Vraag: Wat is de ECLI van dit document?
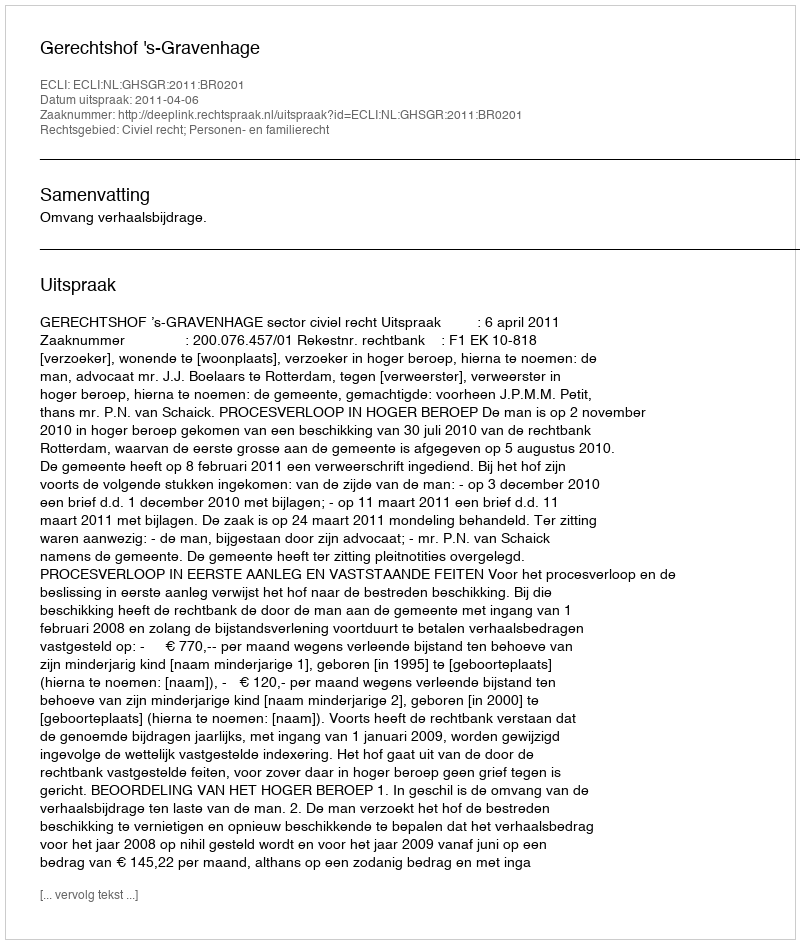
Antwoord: ECLI:NL:GHSGR:2011:BR0201